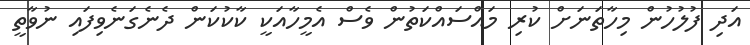
އަދި ފުލުހުން މިހާތަނަށް ކުރި މައްސައްކަތުން ވެސް އެމީހާއަކީ ކާކުކަން ދެނެގަނެވިފައި ނުވާތީ